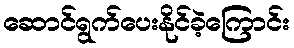
ဆောင်ရွက်ပေးနိုင်ခဲ့ကြောင်း